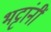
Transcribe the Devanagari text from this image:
भट्टांनीं